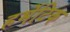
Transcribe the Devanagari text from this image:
हर्मेटिक